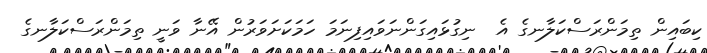
ކިބައިން ތިމަންރަސްކަލާނގެ އެ  ނިގުޅައިގަންނަވައިފިނަމަ ހަމަކަށަވަރުން އޭނާ ވަނީ ތިމަންރަސްކަލާނގެ